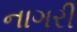
નાગરી